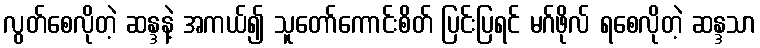
လွတ်စေလိုတဲ့ ဆန္ဒနဲ့ အကယ်၍ သူတော်ကောင်းစိတ် ပြင်းပြရင် မဂ်ဖိုလ် ရစေလိုတဲ့ ဆန္ဒသာ